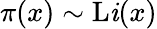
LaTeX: \pi(x)\sim\operatorname{L\mathit{i}}(x)